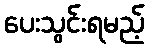
ပေးသွင်းရမည့်